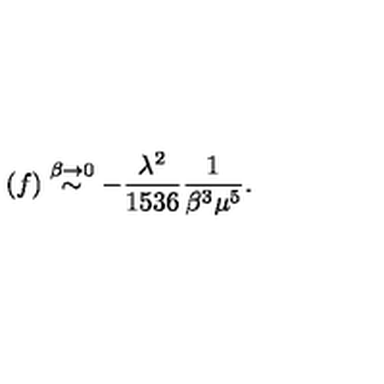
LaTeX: ( f ) \stackrel { \beta \rightarrow 0 } { \sim } - \frac { \lambda ^ { 2 } } { 1 5 3 6 } { \frac { 1 } { \beta ^ { 3 } \mu ^ { 5 } } } .